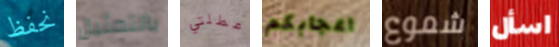
نحفظ بالتمثيل عطلتي اعجابكم شموع اسأل